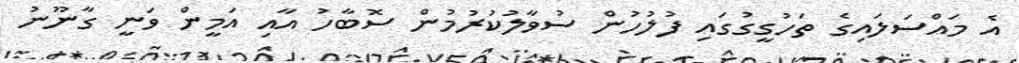
އެ މައްސަލައިގެ ތަހުގީގުގައި ފުލުހުން ސުވާލުކުރުމުން ސޮބާހު އާއި އަމީން ވަނީ ގާނޫނު